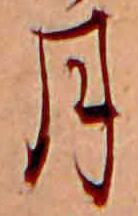
月